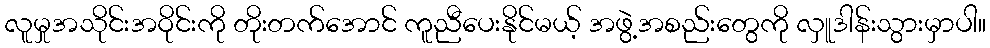
လူမှုအသိုင်းအဝိုင်းကို တိုးတက်အောင် ကူညီပေးနိုင်မယ့် အဖွဲ့အစည်းတွေကို လှူဒါန်းသွားမှာပါ။